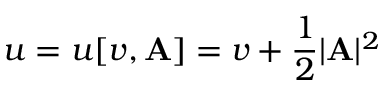
u = u [ v , \mathbf { A } ] = v + \frac 1 2 | \mathbf { A } | ^ { 2 }